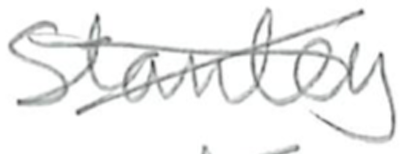
Text: Stanley
Cross-out: cross
Writing tool: pencil